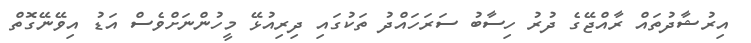
އިރުޝާދުތައް ރާއްޖޭގެ ދުރު ހިސާބު ސަރަހައްދު ތަކުގައި ދިރިއުޅޭ މީހުންނަށްވެސް އަޑު އިވޭނޭގޮތް